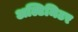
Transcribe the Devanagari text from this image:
अल्टिमिटर